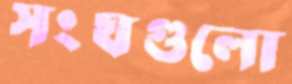
সংঘগুলো